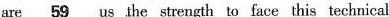
are \underline{59}us the strength to face this technical